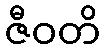
ဇီဝတိ